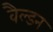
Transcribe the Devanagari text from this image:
वैल्डन